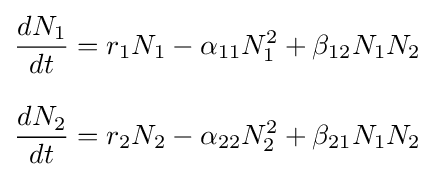
{\begin{aligned}{\frac {dN_{1}}{dt}}&=r_{1}N_{1}-\alpha _{11}N_{1}^{2}+\beta _{12}N_{1}N_{2}\\[8pt]{\frac {dN_{2}}{dt}}&=r_{2}N_{2}-\alpha _{22}N_{2}^{2}+\beta _{21}N_{1}N_{2}\end{aligned}}